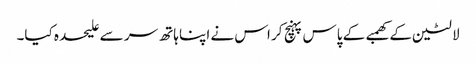
لالٹین کے کھمبے کے پاس پہنچ کر اس نے اپنا ہاتھ سر سے علیحدہ کیا۔